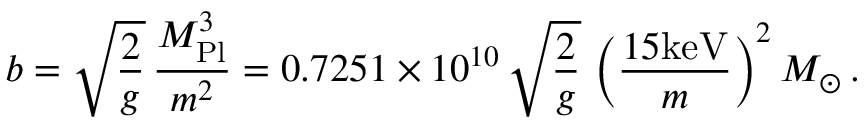
b = \sqrt { \frac { 2 } { g } } \, \frac { M _ { \mathrm { { P l } } } ^ { 3 } } { m ^ { 2 } } = 0 . 7 2 5 1 \times 1 0 ^ { 1 0 } \, \sqrt { \frac { 2 } { g } } \, \left( \frac { 1 5 \mathrm { k e V } } { m } \right) ^ { 2 } M _ { \odot } \, .